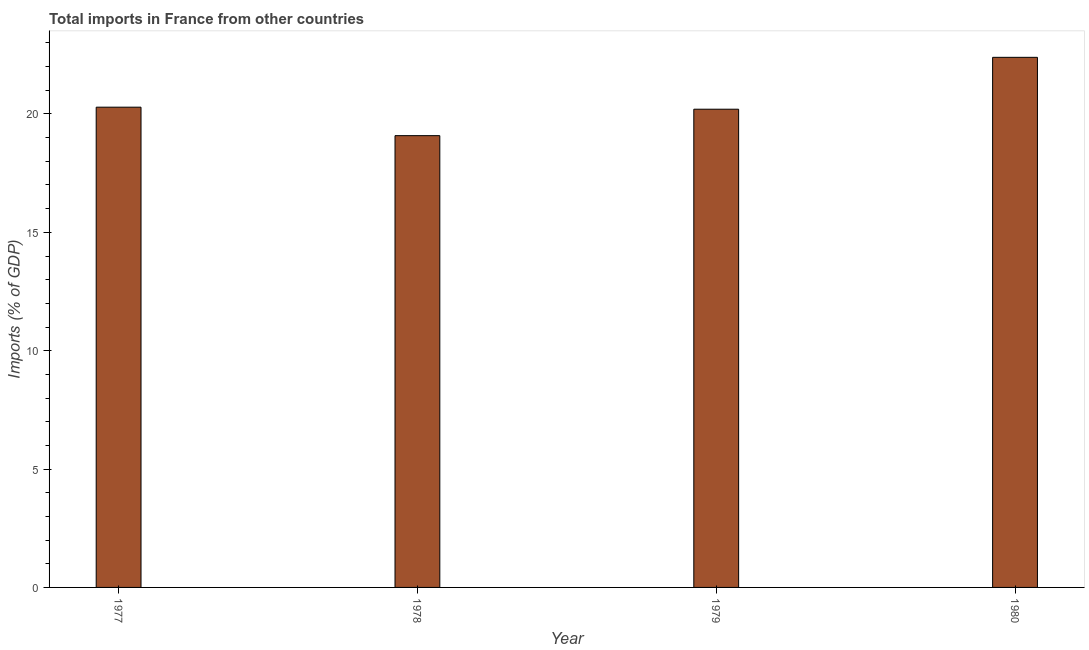
| Year | Imports |
 | --- | --- |
 | 1977 | 20.3 |
 | 1978 | 19.1 |
 | 1979 | 20.2 |
 | 1980 | 22.4 |